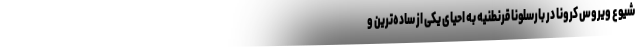
شیوع ویروس کرونا در بارسلونا قرنطنیه به احیای یکی از ساده‌ترین و